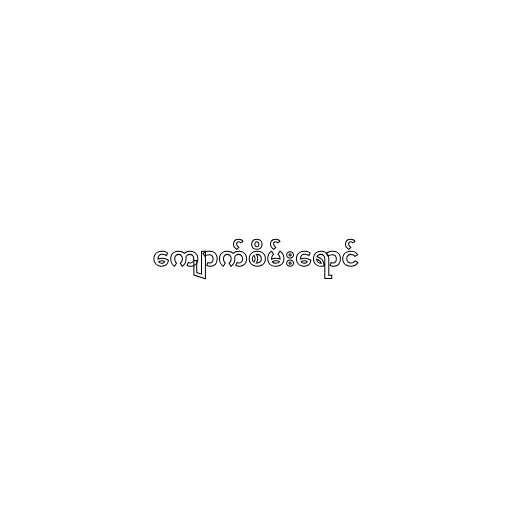
ကျောက်စိမ်းရောင်